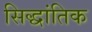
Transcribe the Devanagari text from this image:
सिद्धांतिक